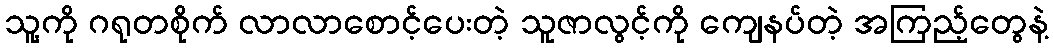
သူ့ကို ဂရုတစိုက် လာလာစောင့်ပေးတဲ့ သူဇာလွင့်ကို ကျေနပ်တဲ့ အကြည့်တွေနဲ့